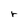
Character: r